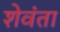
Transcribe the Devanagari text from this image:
शेवंता